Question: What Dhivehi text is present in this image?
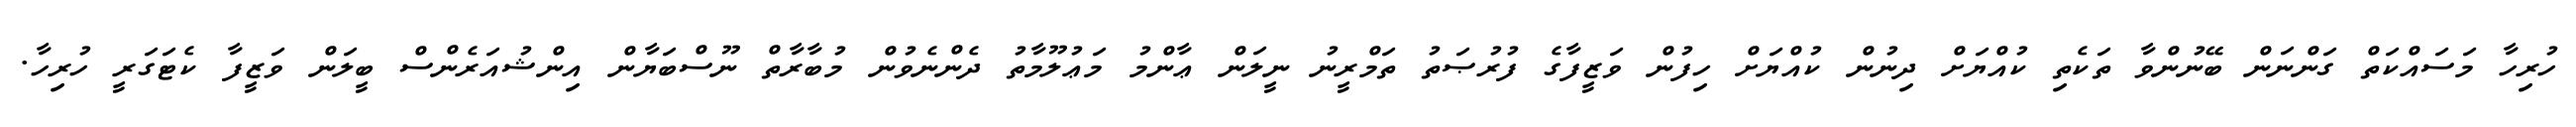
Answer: ހުރިހާ މަސައްކަތް ގަންނަން ބޭނުންވާ ތަކެތި ކުއްޔަށް ދިނުން ކުއްޔަށް ހިފުން ވަޒީފާގެ ފުރުޞަތު ތަމްރީނު ނީލަން ޢާންމު މަޢުލޫމާތު ދެންނެވުން މުބާރާތް ނޫސްބަޔާން އިންޝުއަރެންސް ބީލަން ވަޒީފާ ކެޓަގަރީ ހުރިހާ.